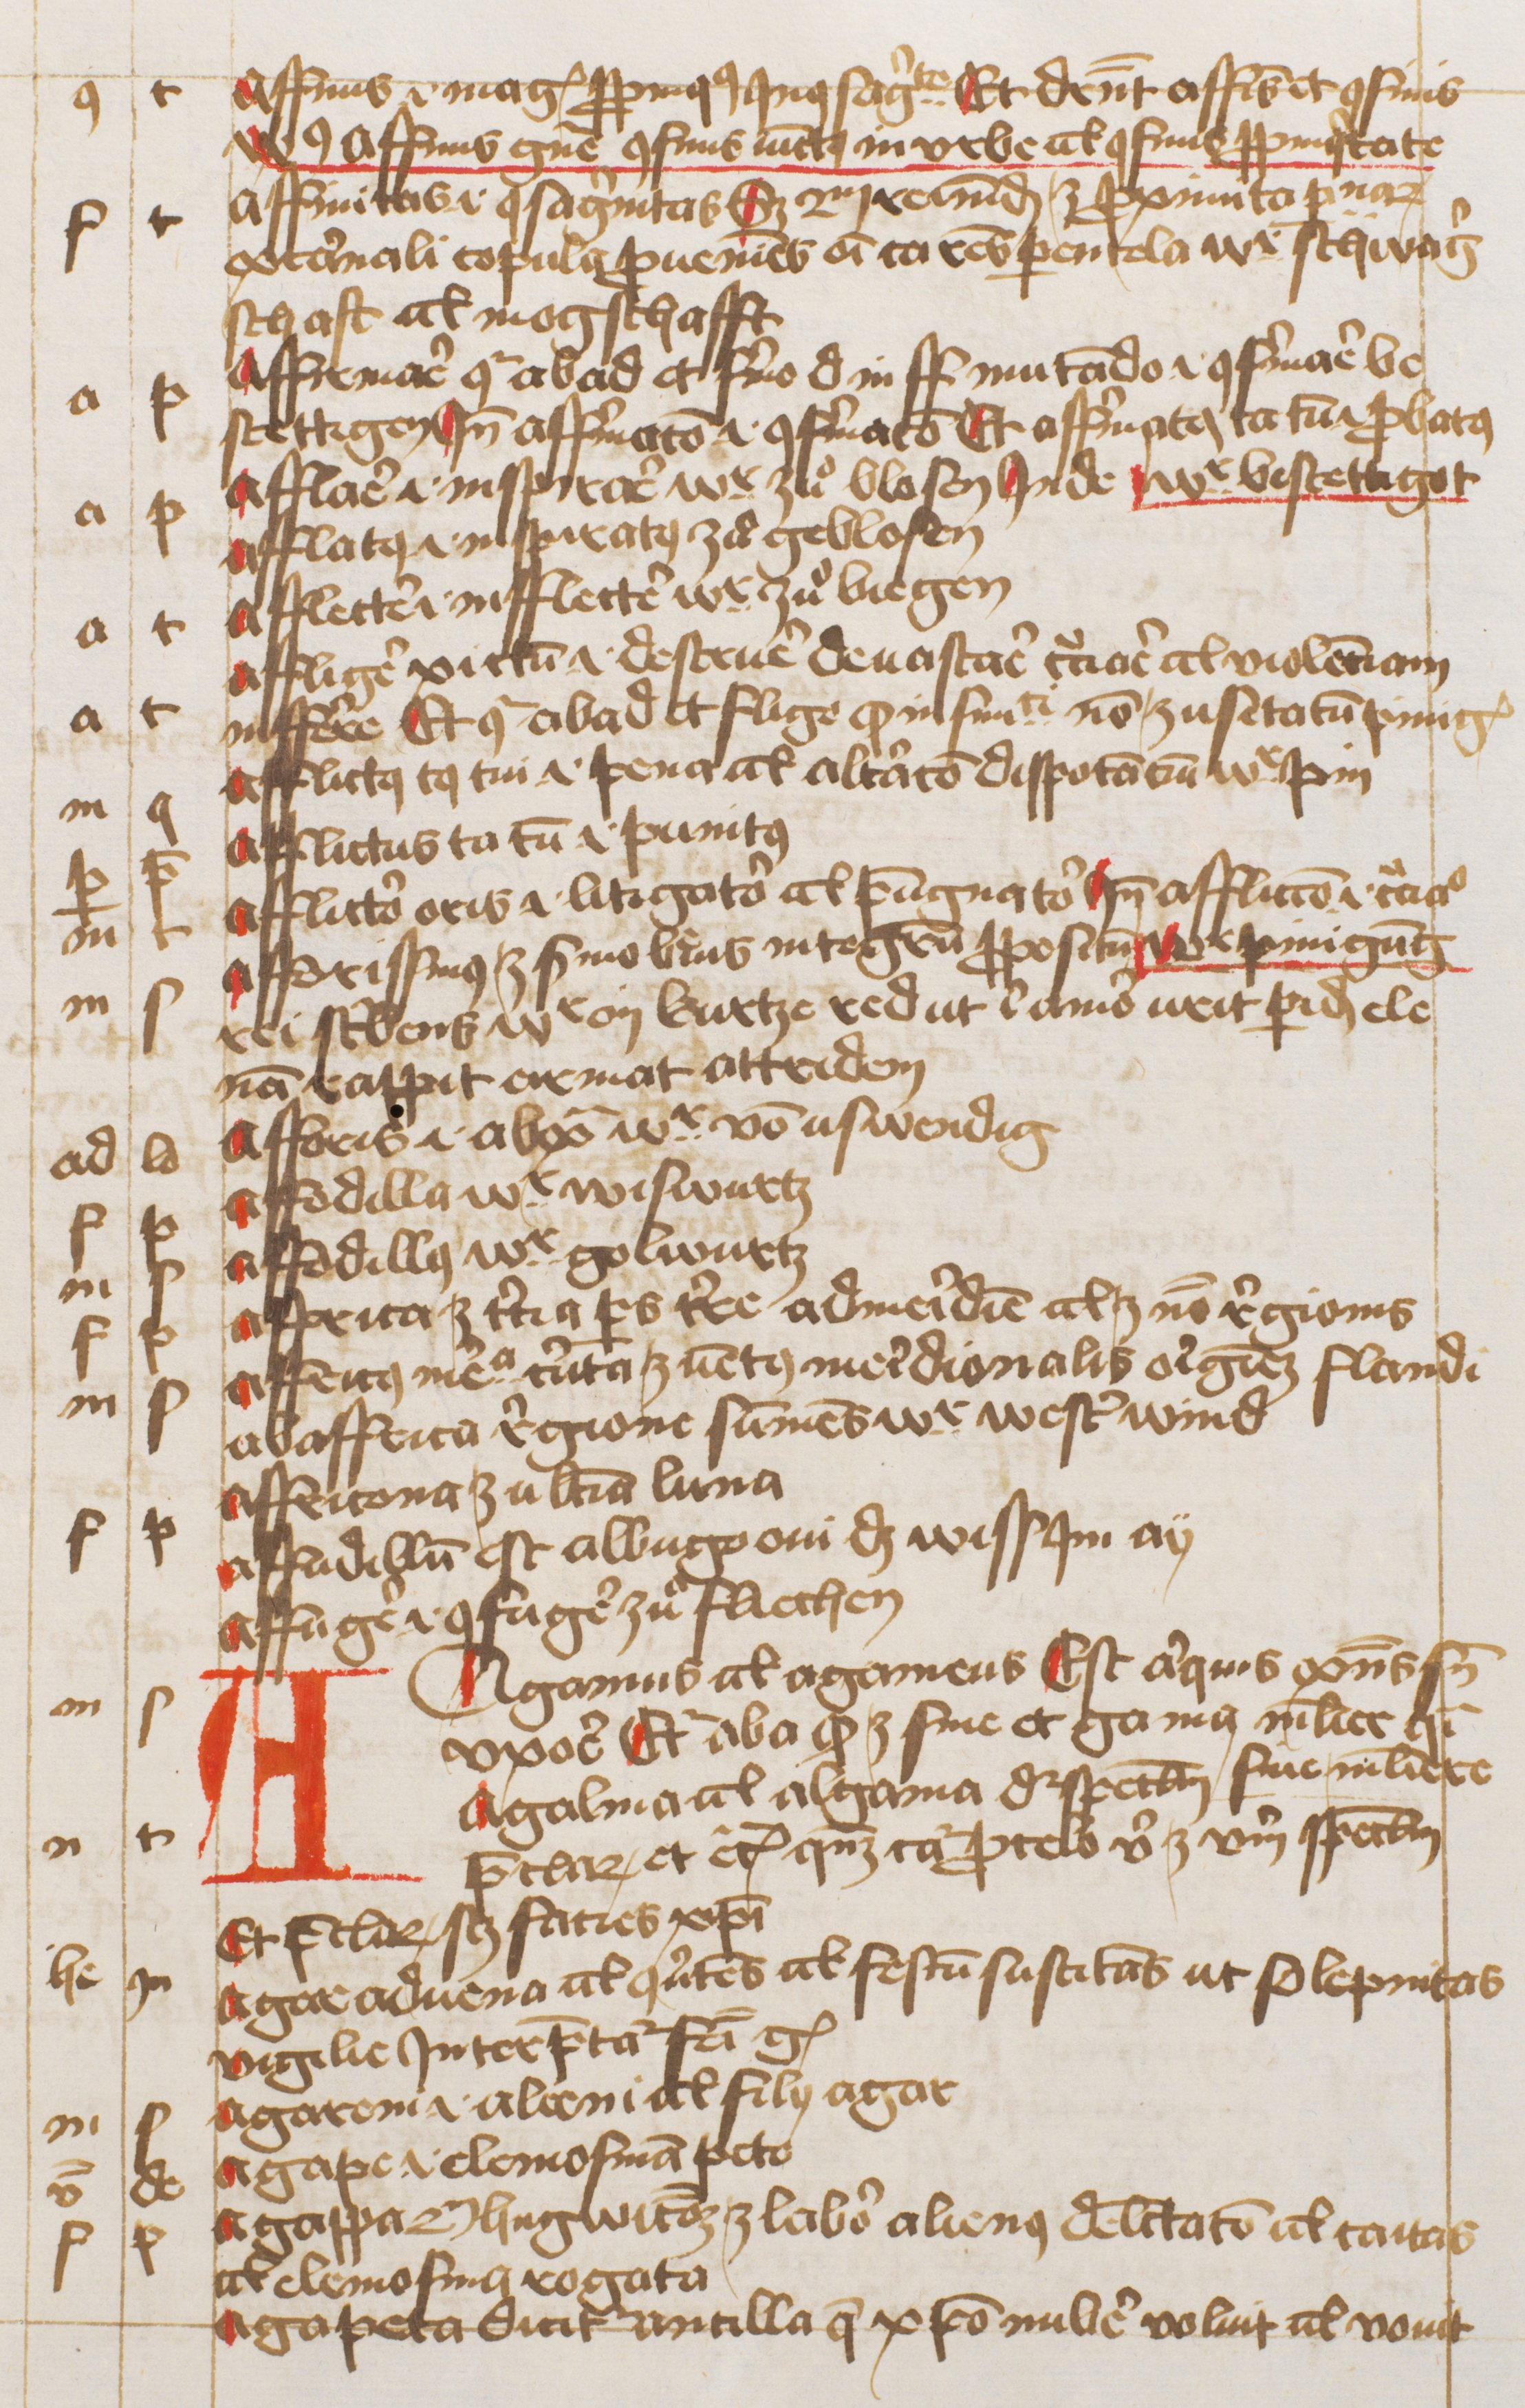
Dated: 1445–1455